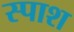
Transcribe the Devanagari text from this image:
स्पाश